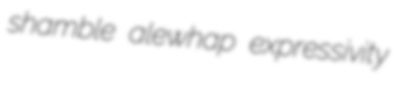
shamble alewhap expressivity